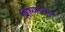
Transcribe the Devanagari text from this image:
शिष्यादन्यत्र